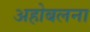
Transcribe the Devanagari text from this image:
अहोबलना